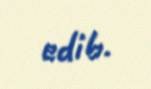
edib.